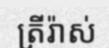
ត្រីរ៉ាស់